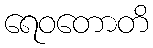
ရေဝတောတိ